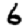
Digit: 6